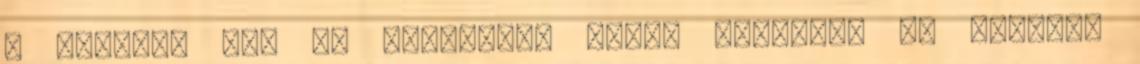
a határon túl is olvasnak, akkor támogasd az Indexet